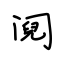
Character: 阋